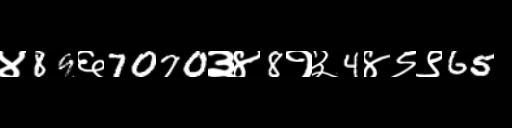
Text: ४89६7070३४8१३4४९९65